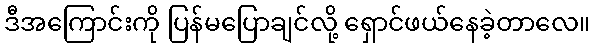
ဒီအကြောင်းကို ပြန်မပြောချင်လို့ ရှောင်ဖယ်နေခဲ့တာလေ။